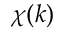
\chi ( \boldsymbol { k } )